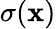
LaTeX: \sigma(\mathbf x)